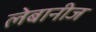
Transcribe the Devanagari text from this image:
लेबानीज